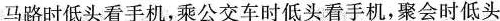
马路时低头看手机，乘公交车时低头看手机，聚会时低头